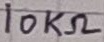
Text: 10KΩ